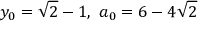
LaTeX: y _ { 0 } = { \sqrt { 2 } } - 1 , \ a _ { 0 } = 6 - 4 { \sqrt { 2 } }